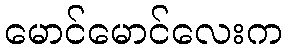
မောင်မောင်လေးက